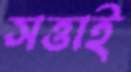
সত্তাই